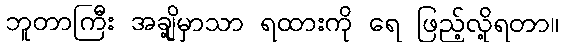
ဘူတာကြီး အချို့မှာသာ ရထားကို ရေ ဖြည့်လို့ရတာ။